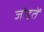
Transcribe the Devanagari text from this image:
जोड़तें